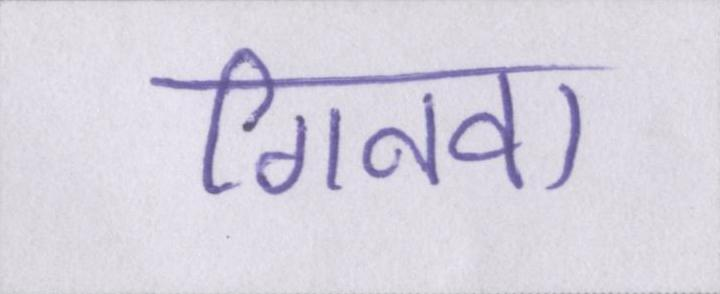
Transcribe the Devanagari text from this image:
गिनवा